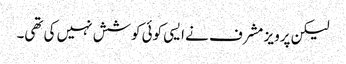
لیکن پرویز مشرف نے ایسی کوئی کوشش نہیں کی تھی۔